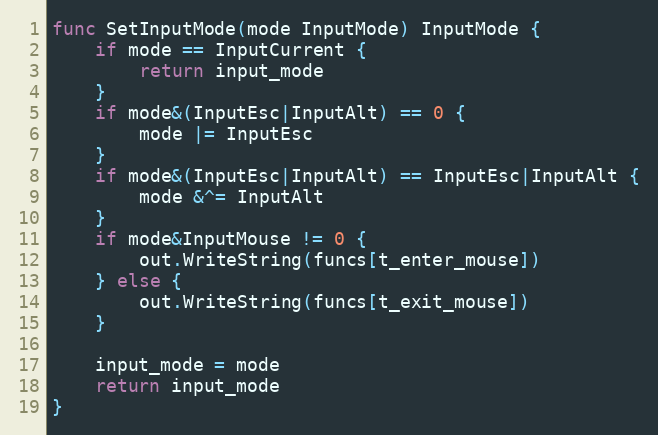
Language: Go
func SetInputMode(mode InputMode) InputMode {
	if mode == InputCurrent {
		return input_mode
	}
	if mode&(InputEsc|InputAlt) == 0 {
		mode |= InputEsc
	}
	if mode&(InputEsc|InputAlt) == InputEsc|InputAlt {
		mode &^= InputAlt
	}
	if mode&InputMouse != 0 {
		out.WriteString(funcs[t_enter_mouse])
	} else {
		out.WriteString(funcs[t_exit_mouse])
	}

	input_mode = mode
	return input_mode
}